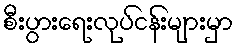
စီးပွားရေးလုပ်ငန်းများမှာ